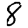
Digit: 8